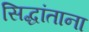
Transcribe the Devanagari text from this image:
सिद्धांताना